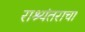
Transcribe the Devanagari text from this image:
राश्यंतराचा